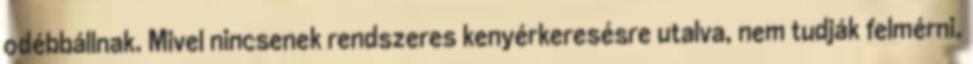
odébbállnak. Mivel nincsenek rendszeres kenyérkeresésre utalva, nem tudják felmérni,